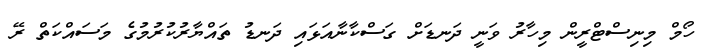
ހޯމް މިނިސްޓްރީން މިހާރު ވަނީ ދަނޑަށް ގަސްކާނާއަޅައި ދަނޑު ތައްޔާރުކުރުމުގެ މަސައްކަތް ރޭ